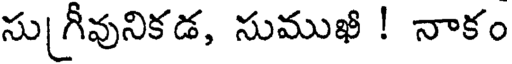
సు[గీవునికడ, సుముఖి ! నాకం